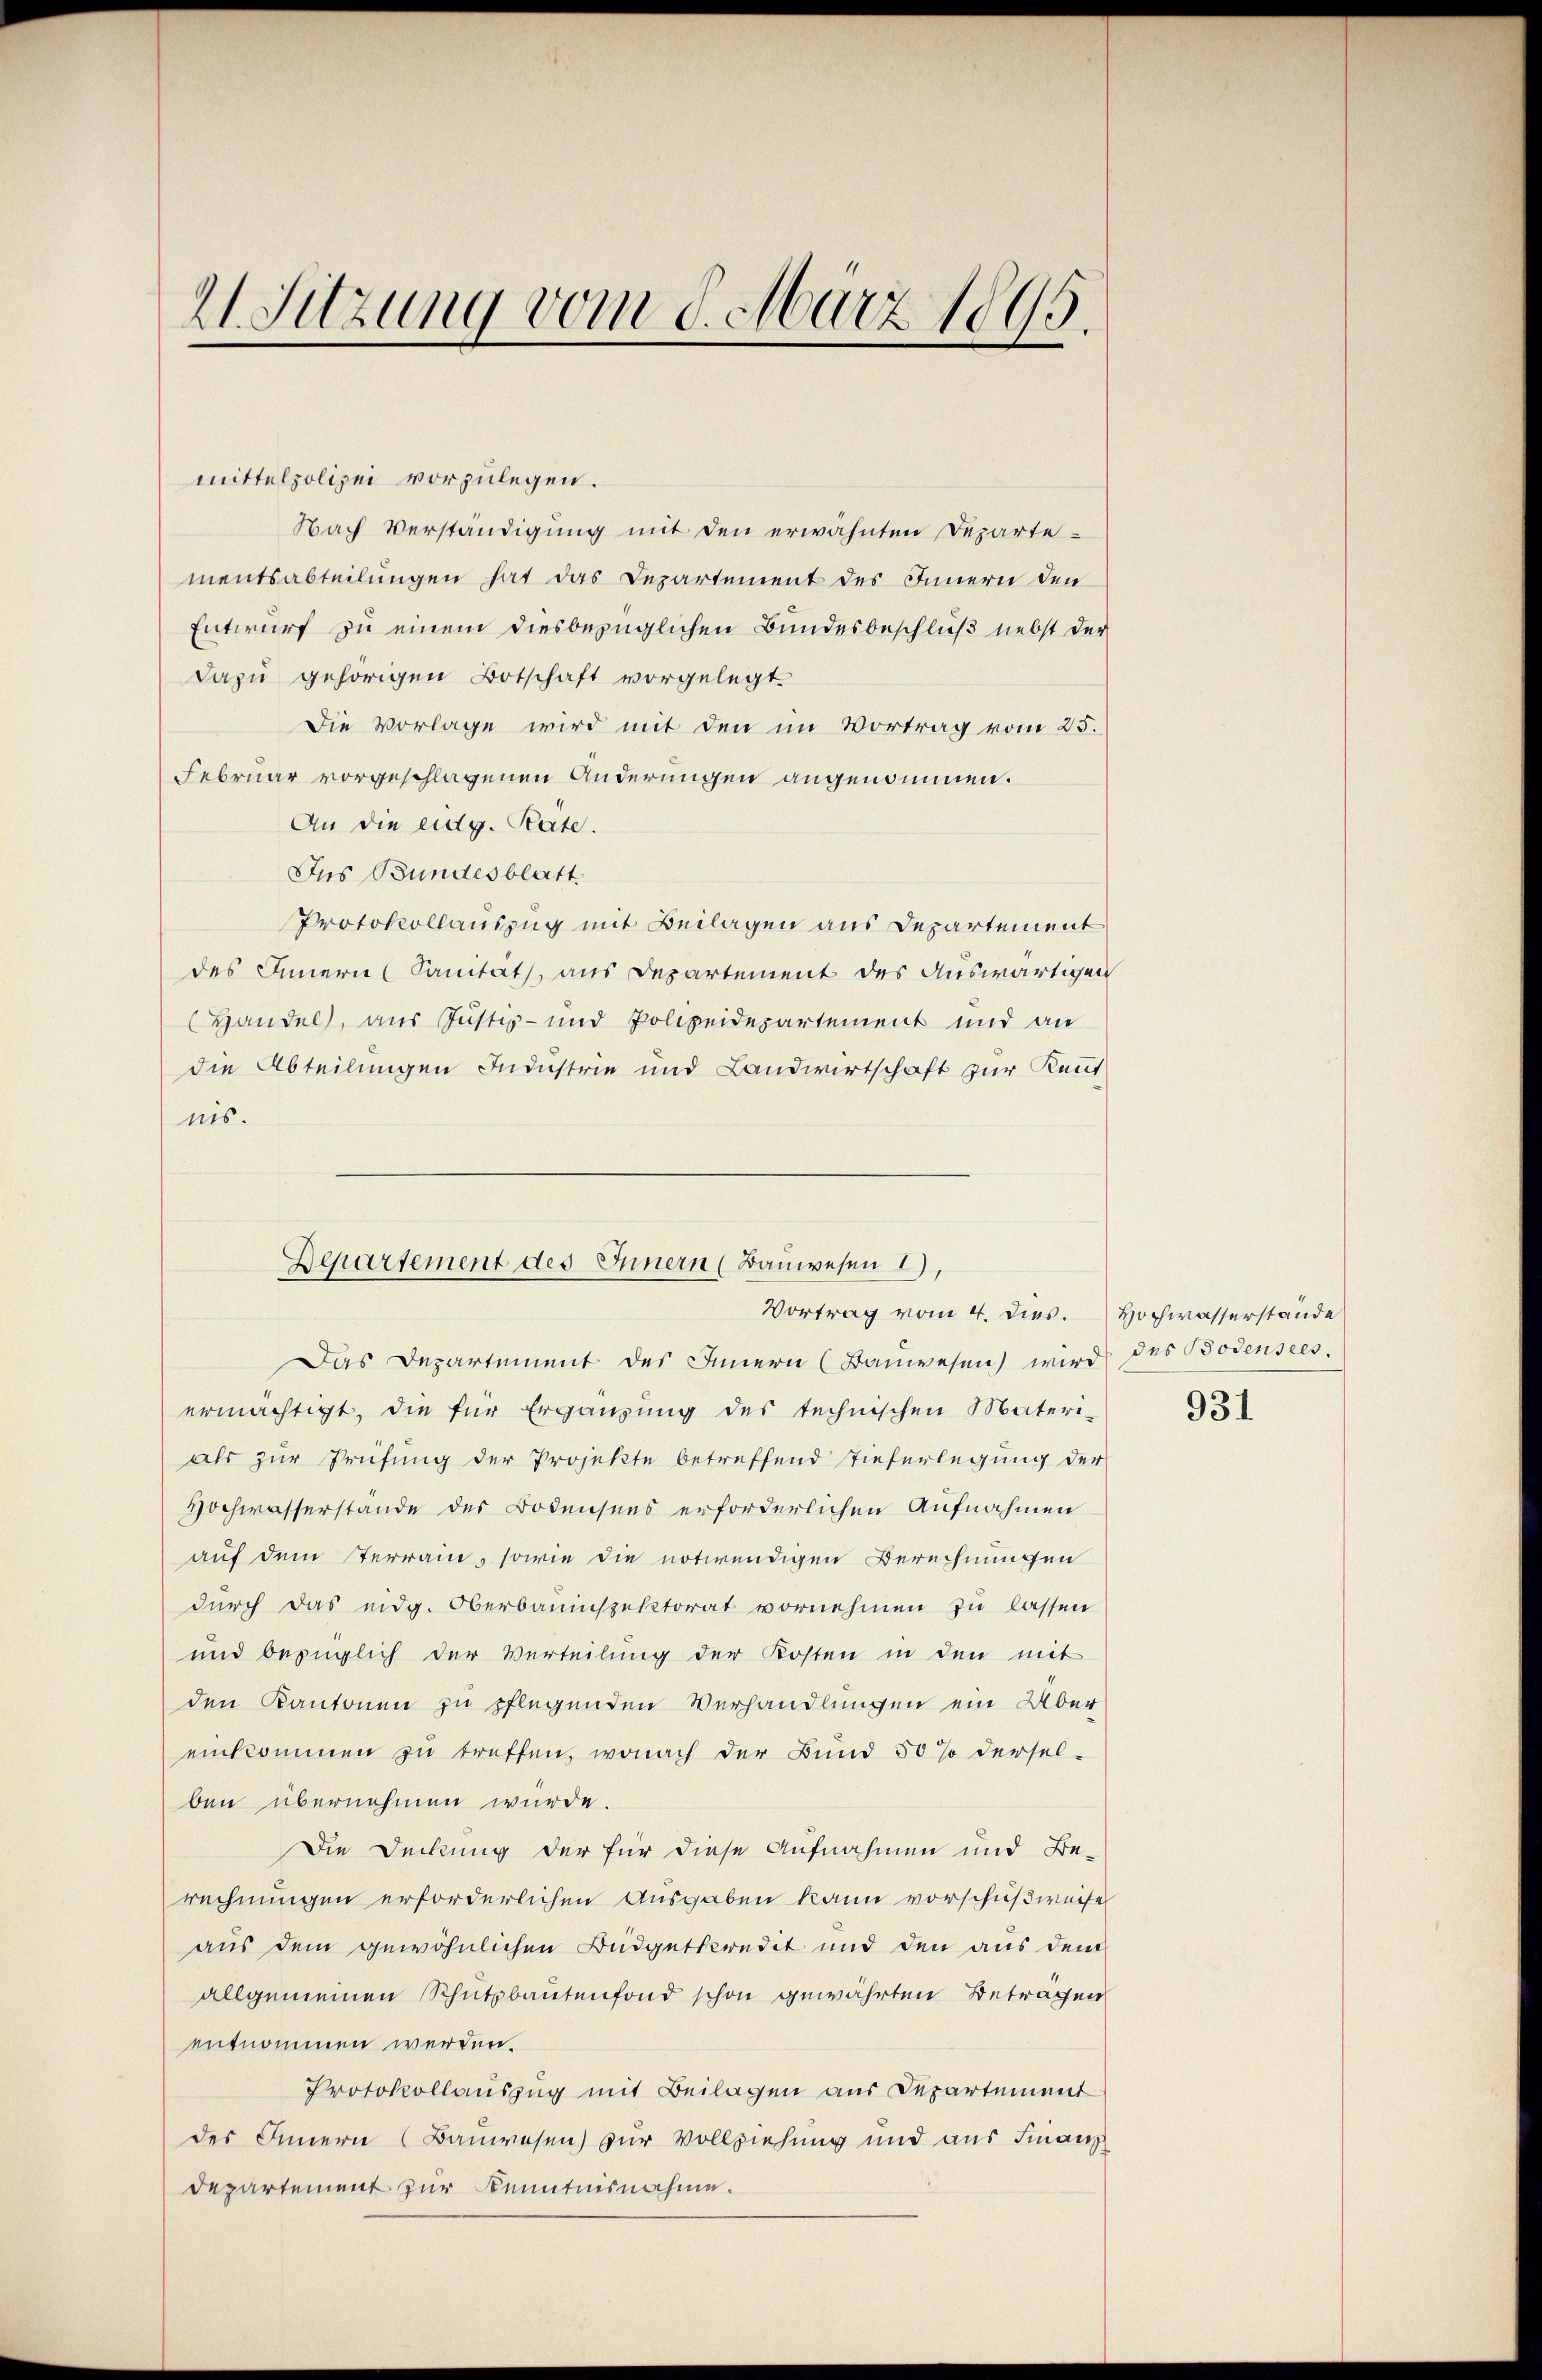
21. Sitzung vom 8. März 1895.

mittelpolizei vorzulegen.
Nach Verständigung mit den erwähnten Departementsabteilungen hat das Departement des Innern den
Entwurf zu einem diesbezüglichen Bundesbeschluß nebst der
Dazu gehörigen Botschaft vorgelegt.
Die Vorlage wird mit den im Vortrag vom 25.
Februar vorgeschlagenen Änderungen angenommen.
An die eidg. Rate.
Jus Bundesblatt
Protokollauszug mit Beilagen aus Departement
des Innern (Samtat, aus Departement des Auswärtigen
Handel, aus Justiz- und Polizeidepartement und an
die Abteilungen Industrie und Landwirtschaft zur Reutnis.
Das Departement des Innern (Bauwesen wird des Bodensees.
ermächtigt, die für Ergänzung des technischen Materi-
als zur Prüfung der Projekte betreffend Tieferlegung der
Hochwasserstände der Bodensens erforderlichen Aufnahmen
auf dem Terrain, sowie die notwendigen Berechnungen
durch das eidg. Oberbauinspektorat vornehmen zu lassen
und bezüglich der Verteilung der Kosten in den mit
den Kantonen zu pflegenden Verhandlungen ein Über
einkommen zu treffen, wonach der Bund 50 % dersel-
ben übernehmen wurde.
Die Deckung der für diese Aufnahmen und Be-
rechnungen erforderlichen Ausgaben kann vorschußweise
aus dem gewöhnlichen Budgetkredit und den aus dem
allgemeinen Schutzbautenfond schon gewährten Beträgen
entnommen werden.
Protokollauszug mit Beilagen aus Departement
des Innern (Bauwesen zur Vollziehung und aus Finanz
Departement zur Kenntnisnahme.

Departement des Innern (Bauwesen I)
Vortrag vom 4. dies. Hochwasserstände

931